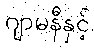
ဂျာမနီနှင့်